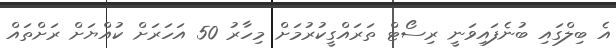
އެ ބިލްގައި ބުނެފައިވަނީ ރިސޯޓް ތަރައްގީކުރުމަށް މިހާރު 50 އަހަރަށް ކުއްޔަށް ރަށްތައް